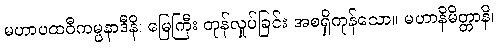
မဟာပထဝီကမ္ပနာဒီနိ၊ မြေကြီး တုန်လှုပ်ခြင်း အစရှိကုန်သော။ မဟာနိမိတ္တာနိ၊